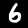
Label: 6